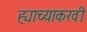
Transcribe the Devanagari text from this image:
ह्याच्याकरवी